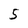
Character: 5